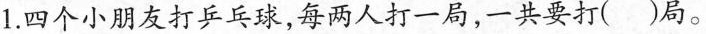
1.四个小朋友打乒乓球，每两人打一局，一共要打()局。